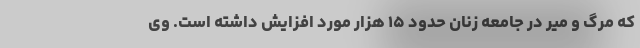
که مرگ و میر در جامعه زنان حدود ۱۵ هزار مورد افزایش داشته است. وی